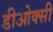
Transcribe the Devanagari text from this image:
डीओक्सी